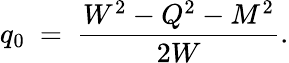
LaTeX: q_{0}\ =\ {\frac{W^{2}-Q^{2}-M^{2}}{2W}}.